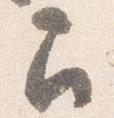
召